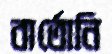
বার্তোনি